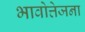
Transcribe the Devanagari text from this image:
भावोत्तेजना